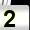
Digit: 2